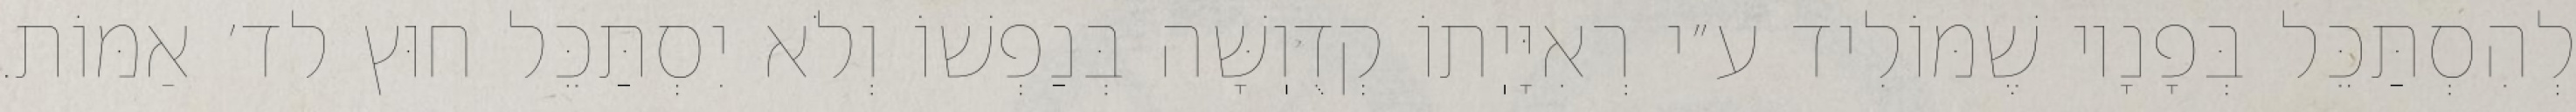
לְהִסְתַּכֵּל בְּפָנָיו שֶׁמּוֹלִיד ע״י רְאִיָּיֽתוֹ קְדֻוֽשָּׁה בְּנַפְשׁוֹ וְלֹא יִסְתַּכֵּל חוּץ לד׳ אַמּוֹת.